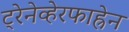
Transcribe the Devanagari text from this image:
ट्रेनेव्हेरफाह्रेन